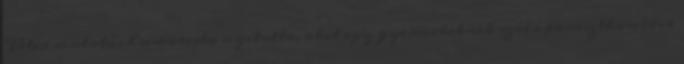
Péter mulatós humorista nyitotta, akit egy gyermekeknek szóló parasztkomédia